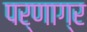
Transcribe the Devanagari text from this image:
पर्णाग्र